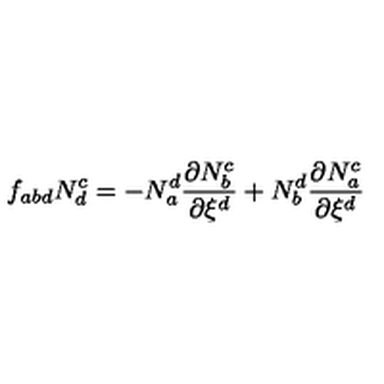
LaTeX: f _ { a b d } N _ { d } ^ { c } = - N _ { a } ^ { d } { \frac { { \partial } N _ { b } ^ { { c } } } { { \partial } { \xi } ^ { d } } } + N _ { b } ^ { d } { \frac { { \partial } N _ { a } ^ { { c } } } { { \partial } { \xi } ^ { d } } }